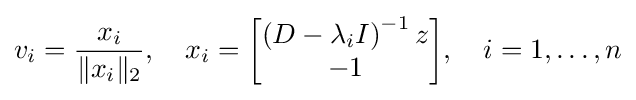
v_{i}={\frac {x_{i}}{\|x_{i}\|_{2}}},\quad x_{i}={\begin{bmatrix}\left(D-\lambda _{i}I\right)^{-1}z\\-1\end{bmatrix}},\quad i=1,\ldots ,n